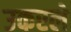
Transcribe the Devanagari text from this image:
उकरले